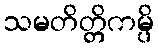
သမတိတ္တိကမ္ပိ